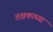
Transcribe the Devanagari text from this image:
तक्षकाच्या